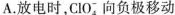
A.放电时，ClO_{4}向负极移动